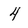
Character: 4